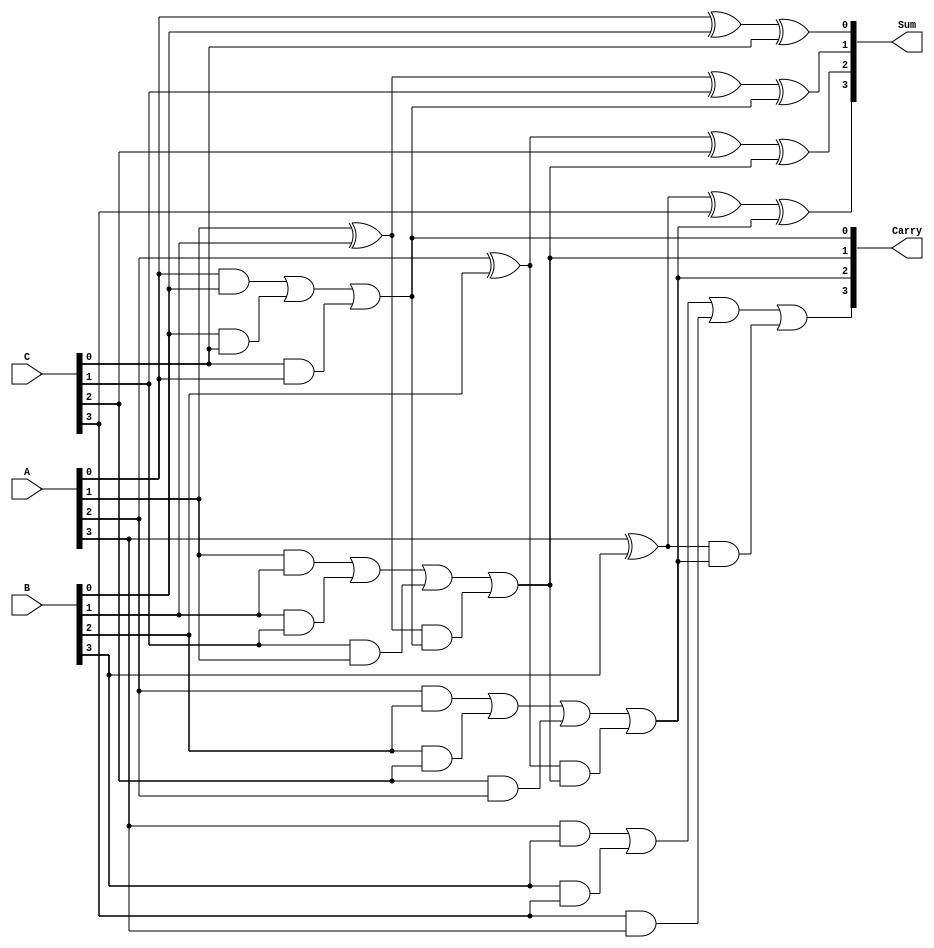
module RippleCarrySaveAdder #(parameter N = 4) (
    input  [N-1:0] A,  // First operand
    input  [N-1:0] B,  // Second operand
    input  [N-1:0] C,  // Third operand
    output [N-1:0] Sum, // Resulting sum
    output [N-1:0] Carry // Resulting carry
);

    // Full Adder for three inputs
    // Outputs: Sum and Carry
    wire [N-1:0] S;    // Sum outputs
    wire [N-1:0] C_out; // Carry outputs

    genvar i;
    generate
        for (i = 0; i < N; i = i + 1) begin : full_adder
            if (i == 0) begin
                // For the first full adder, there is no incoming carry
                assign S[i] = A[i] ^ B[i] ^ C[i];
                assign C_out[i] = (A[i] & B[i]) | (B[i] & C[i]) | (C[i] & A[i]);
            end else begin
                // For subsequent full adders
                assign S[i] = A[i] ^ B[i] ^ C[i] ^ C_out[i-1];
                assign C_out[i] = (A[i] & B[i]) | (B[i] & C[i]) | (C[i] & A[i]) | 
                                   ((A[i] ^ B[i]) & C_out[i-1]);
            end
        end
    endgenerate

    // Assign final outputs
    assign Sum = S;
    assign Carry = C_out;

endmodule